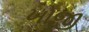
ખોજી